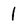
Character: 1